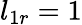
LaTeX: l_{1r}=1